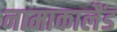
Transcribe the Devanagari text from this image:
नामाकालैंड